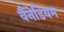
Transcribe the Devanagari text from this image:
वैंनेडियम